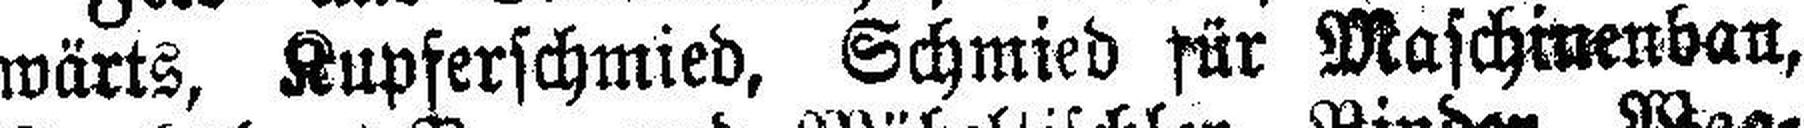
wärts, Kupferschmied, Schmied für Maschinenbau,